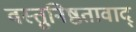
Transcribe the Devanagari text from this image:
वस्तुनिष्ठतावाद्